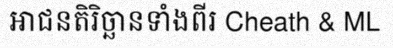
អាជនតិរិច្ឆានទាំងពីរ Cheath & ML